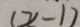
( x - 1 )